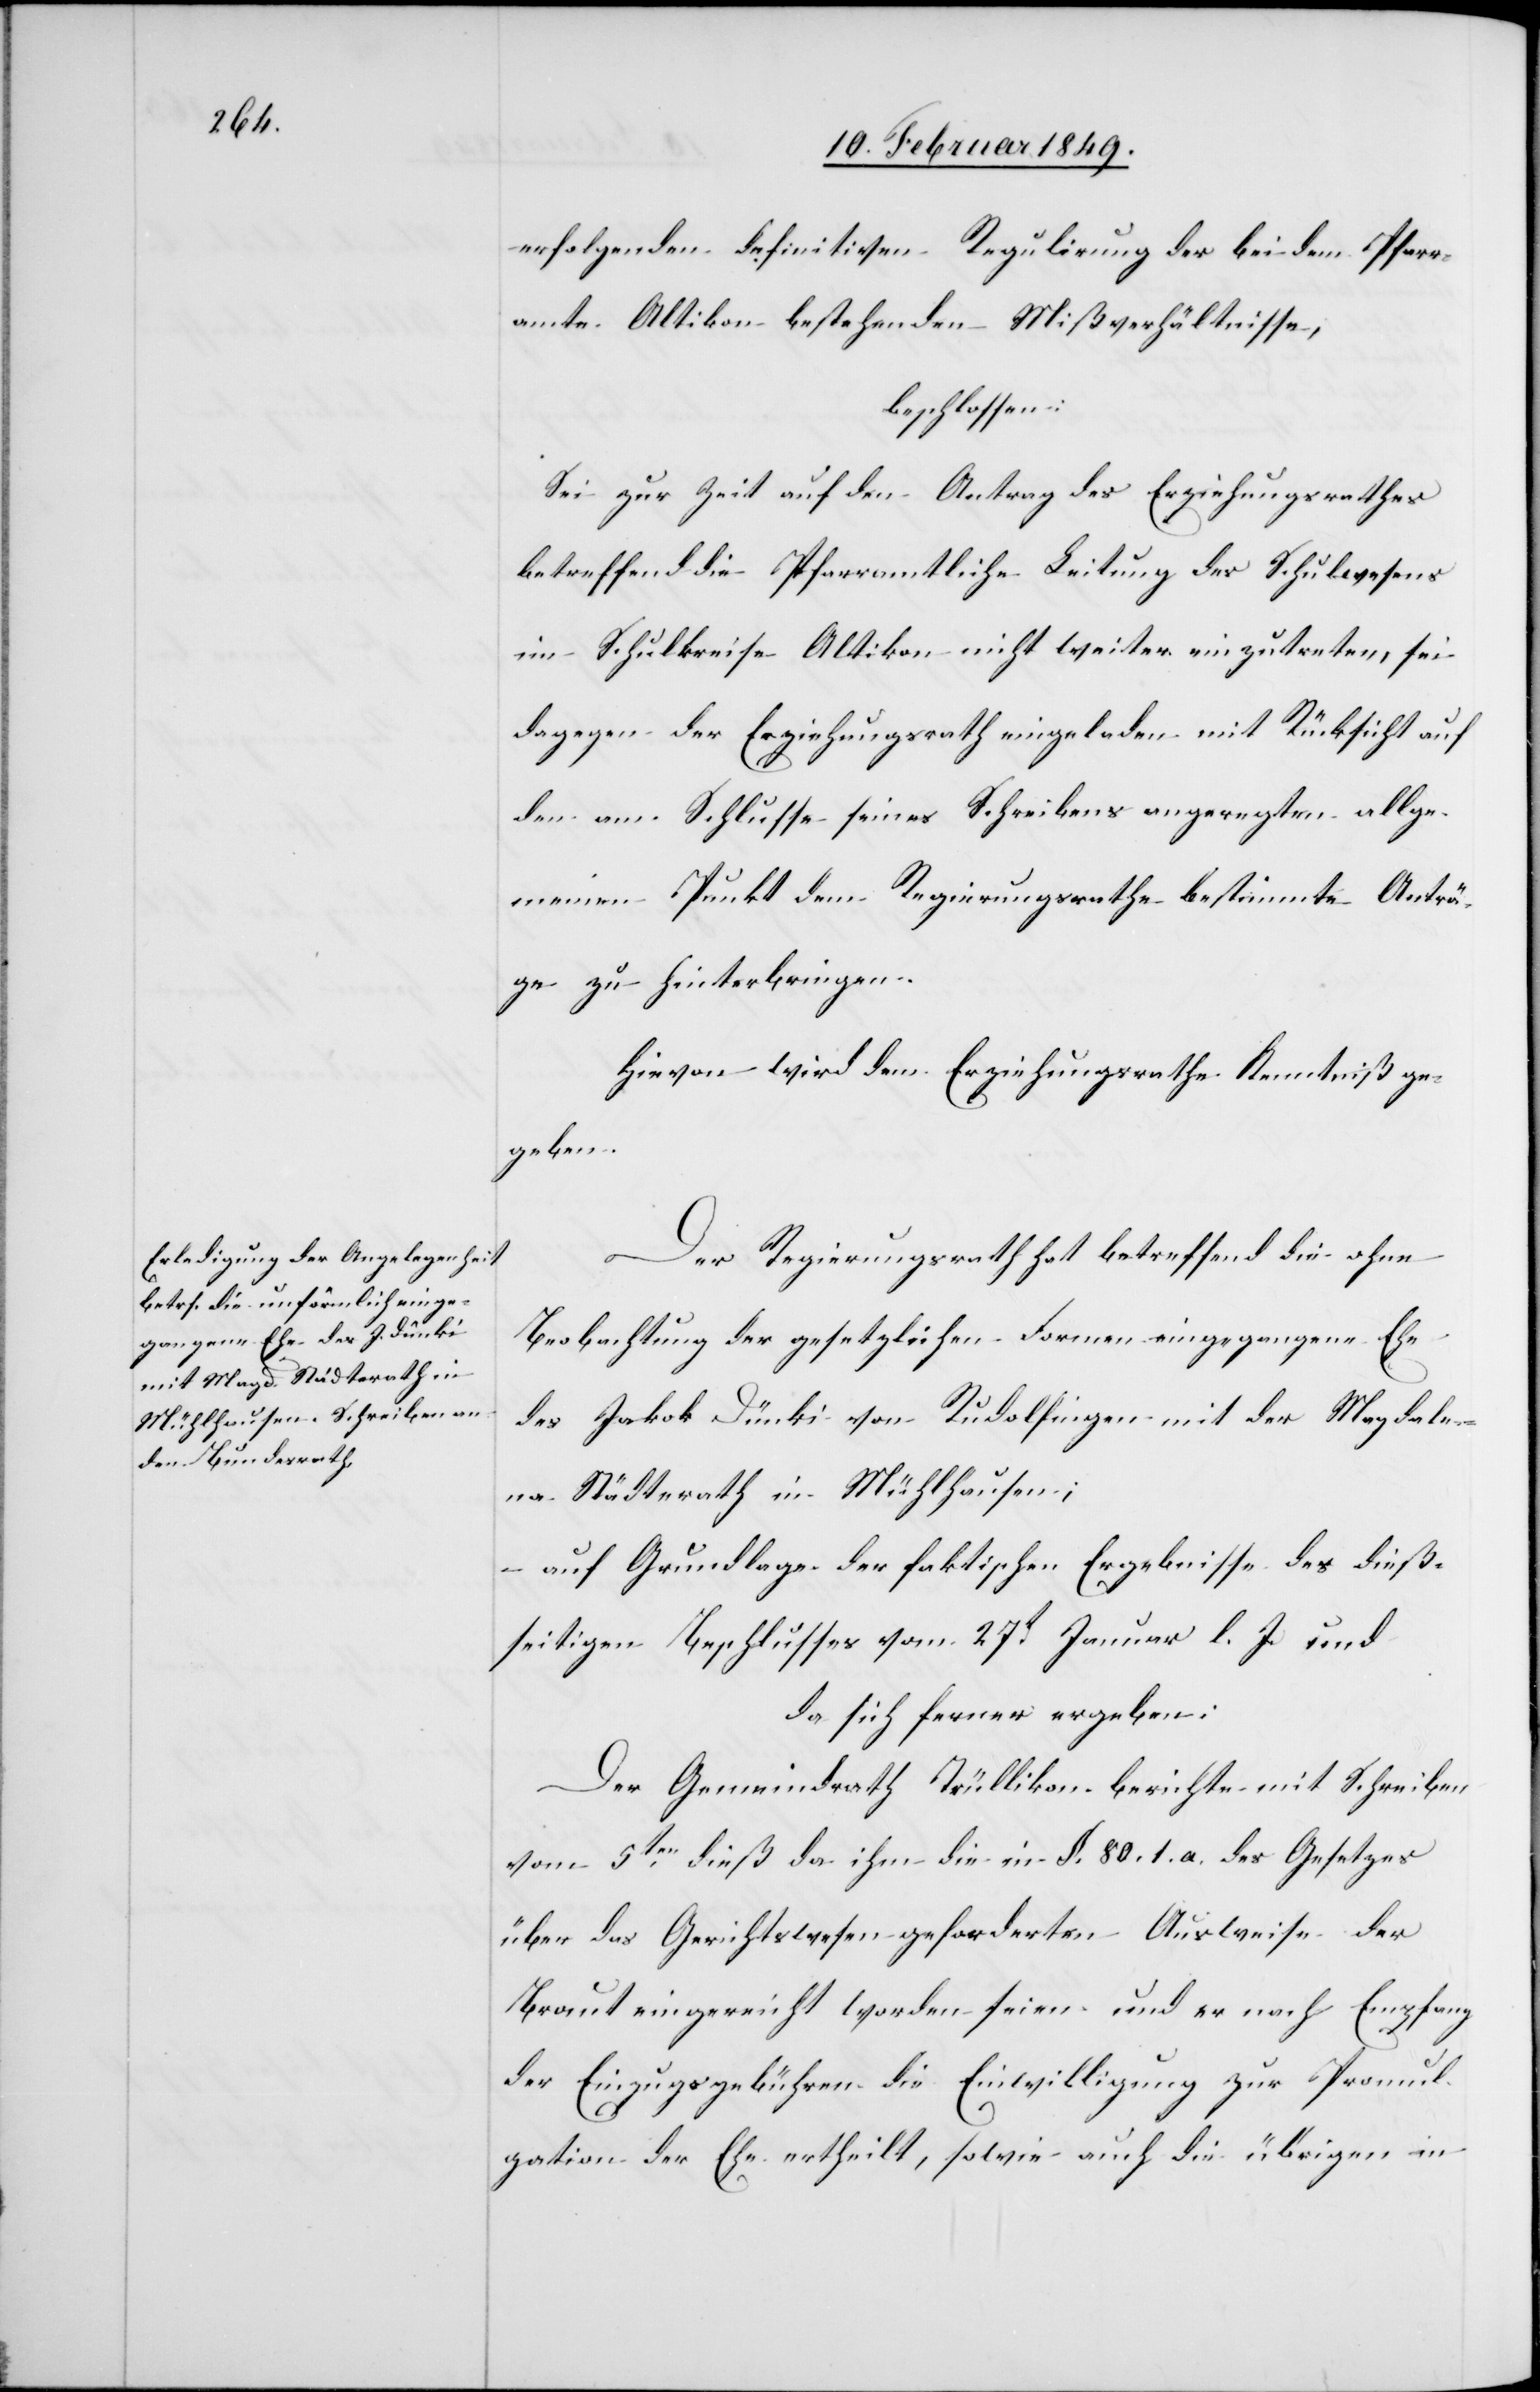
erfolgenden definitiven Regulirung der bei dem Pfarr¬
amte Altikon bestehenden Mißverhältnisse,
beschlossen:
Sei zur Zeit auf den Antrag des Erziehungsrathes
betreffend die Pfarramtliche Leitung des Schulwesens
im Schulkreise Altikon nicht weiter einzutreten, sei
dagegen der Erziehungsrath eingeladen mit Rücksicht auf
den am Schlusse seines Schreibens angeregten allge¬
meinen Punkt dem Regierungsrathe bestimmte Anträ¬
ge zu hinterbringen.
Hievon wird dem Erziehungsrathe Kenntniß ge¬
geben.
Der Regierungsrath hat betreffend die ohne
Beobachtung der gesetzlichen Formen eingegangene Ehe
des Jakob Dünki von Rudolfingen mit der Magdale¬
na Städterath in Mühlhausen;
– auf Grundlage der faktischen Ergbnisse des dieß¬
seitigen Beschlusses vom 27t. Januar l. J. und
da sich ferner ergeben:
Der Gemeindrath Trüllikon berichte mit Schreiben
vom 5ten. dieß da ihm die in §. 80. 1. a. des Gesetzes
über das Gerichtswesen geforderten Ausweise der
Braut eingereicht worden seien und er nach Empfang
der Einzugsgebühren die Einwilligung zur Promul¬
gation der Ehe ertheilt, sowie auch die übrigen in